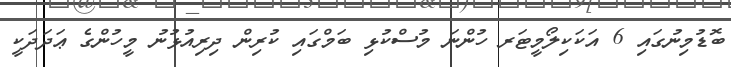
ބޮޑުމިނުގައި 6 އަކަކިލޯމީޓަރ ހުންނަ މުސްކުޅި ބަމްގައި ކުރިން ދިރިއުޅުނު މީހުންގެ ޢަދަދަކީ